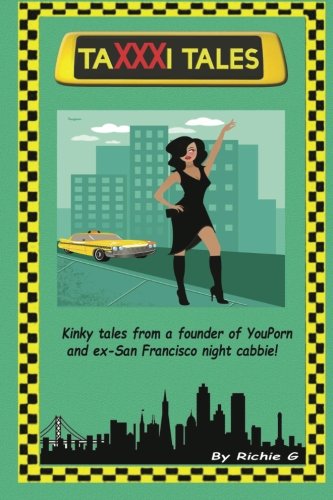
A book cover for TaXXXi Tales: Kinky tales from a founder of YouPorn and ex-San Francisco night cabbie!; Richie G; Romance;